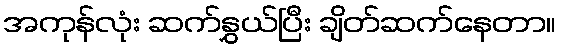
အကုန်လုံး ဆက်နွှယ်ပြီး ချိတ်ဆက်နေတာ။